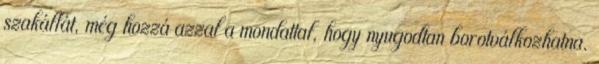
szakállát, még hozzá azzal a mondattal, hogy nyugodtan borotválkozhatna.